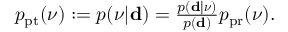
\begin{array} { r } { p _ { \mathrm { p t } } ( \ensuremath { \boldsymbol \nu } ) : = p ( \ensuremath { \boldsymbol \nu } | \ensuremath { \mathbf d } ) = { \frac { p ( \ensuremath { \mathbf d } | \ensuremath { \boldsymbol \nu } ) } { p ( \ensuremath { \mathbf d } ) } } p _ { \mathrm { p r } } ( \ensuremath { \boldsymbol \nu } ) . } \end{array}